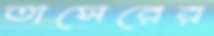
তাসেরের